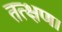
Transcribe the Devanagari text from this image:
तत्क्षण।